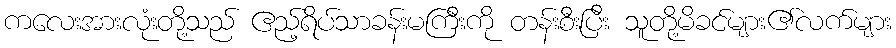
ကလေးအားလုံးတို့သည် ဧည့်ရိပ်သာခန်းမကြီးကို တန်းစီးပြီး သူတို့မိခင်များ၏လက်များ